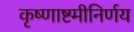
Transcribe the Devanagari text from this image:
कृष्णाष्टमीनिर्णय